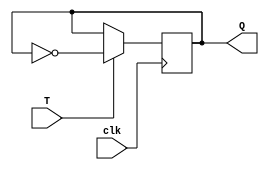


module t_flip_flop(clk, T, Q);

input T, clk;
output reg Q;

initial begin
	Q = 0;
end 

always @ (posedge clk) begin

	if (T == 1)
		Q = ~Q;
	else
		Q = Q;
end

endmodule